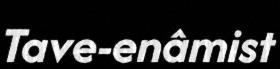
Tave-enâmist